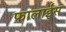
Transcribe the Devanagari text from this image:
फालाईस